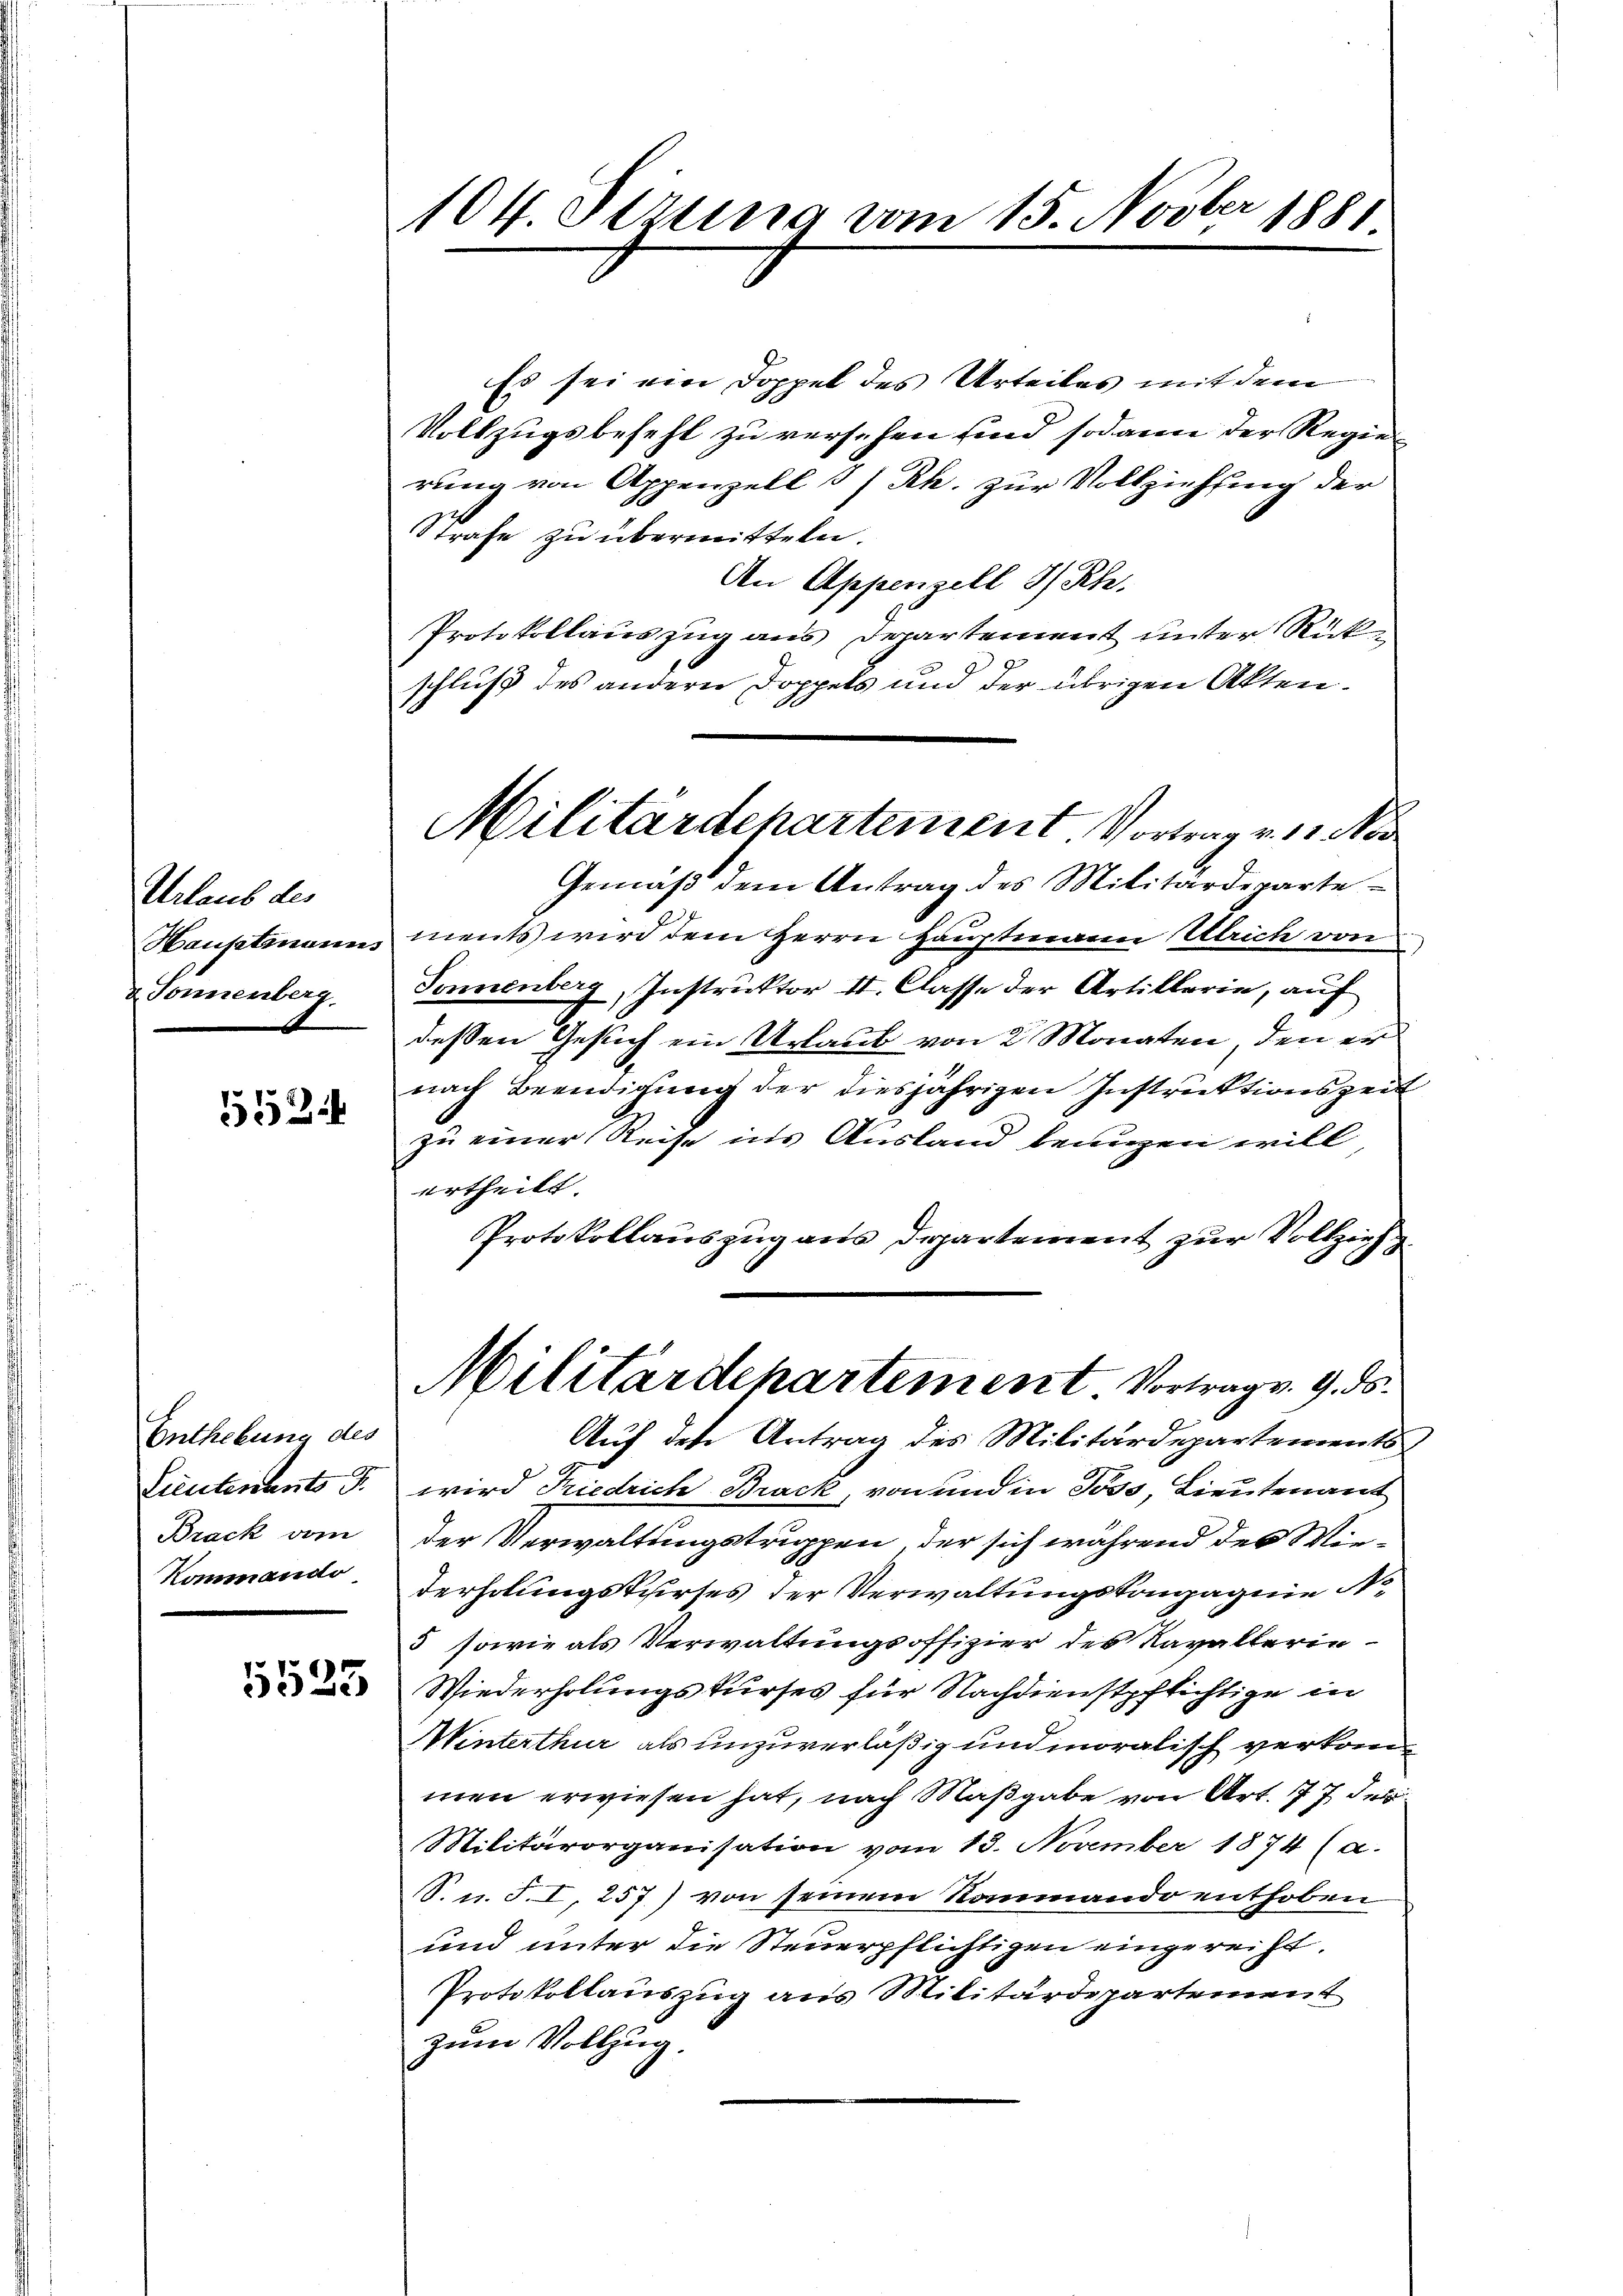
Urlaub des
Hauptmann.
& Tonnenberg.

552

Enthebung des
Lieutenants S.
Brack vom
Kommando

5533

404. Sirung vom 15. Novber
1881.

Es sei ein Doppel des Urteiles mit dem
Vollzugsbefehl zu versehen sind sodann der Regie-
rung von Appenzell I/Rh. zur Vollziehung der
Strafe zu übermitteln.
An Appenzell I/Rh.
Protokollauszug aus Departement unter Rückschluß des andern Doppels und der übrigen Akten¬
Gemäß dem Antrag des Militärdeparte
ments wird dem Herrn Hauptmann Ulrich von
Sonnenberg, Instruktor II. Classe der Artillerie, auf
dessen Gesuch ein Urlaub von 2 Monaten, den er
nach Beendigung der diesjährigen Instruktionszeit
zu einer Reise ins Ausland beigen will
ertheilt.
Protokollauszug aus Departement zur Vollzieh
Militärdepartement Vortrags 9. ds.
s
Auf den Antrag des Militärdepartements
wird Friedrich Brack von und in Poss, Lieutenant
der Verwaltungstruppen, der sich während des Wiederholungskurses der Verwaltungskompagnie N
5 sowie als Verwaltungsoffizier des Navallerin¬
Wiederholungskurses für Nachdienstpflichtige in
Winterthur als unzuverläßig und moralisch verkommen erwiesen hat, nach Maßgabe von Art. 177 des
Militärorganisation vom 13. November 1874 (a.
S. u. S. I, 257) von seinem Rommando enthoben
und unter die Steuerpflichtigen eingereiht.
Protokollauszug aus Militärdepartement
zum Vollzug.

Militärdepartement Vortrag v. 1. No